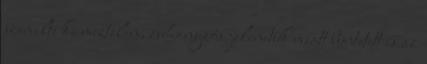
szemelte ki meztelen, zuhanyzós jelenetük miatt büntetett is az